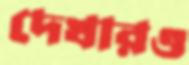
দেখারও